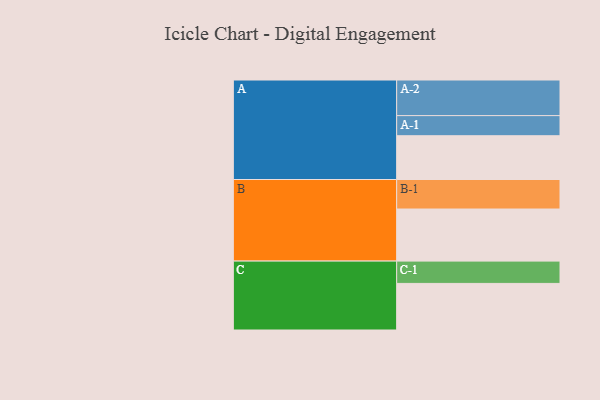
{"axis": {"x": "Segment", "y": "Value"}, "legend": ["", "A", "B", "C"], "data": [{"x": "A", "y": 359, "type": ""}, {"x": "B", "y": 427, "type": ""}, {"x": "C", "y": 382, "type": ""}, {"x": "A-1", "y": 165, "type": "A"}, {"x": "A-2", "y": 292, "type": "A"}, {"x": "B-1", "y": 242, "type": "B"}, {"x": "C-1", "y": 183, "type": "C"}]}